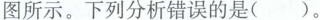
图所示。下列分析错误的是（ ）。